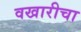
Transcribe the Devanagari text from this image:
वखारीचा